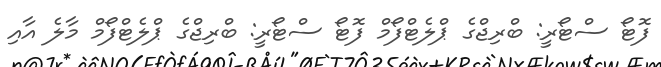
ފޮޓޯ ސްޓޯރީ: ބްރިޖްގެ ޕްލެޓްފޯމް ފޮޓޯ ސްޓޯރީ: ބްރިޖްގެ ޕްލެޓްފޯމް މާލެ އާއި